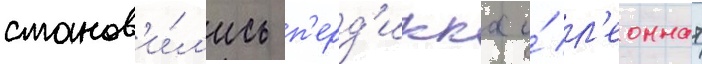
станов'и́л'ись п'ерд'икка и́ л'еоннат